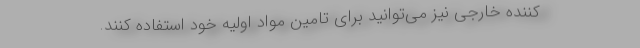
کننده خارجی نیز می‌توانید برای تامین مواد اولیه خود استفاده کنند.